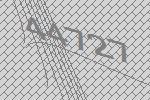
44727